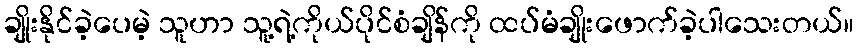
ချိုးနိုင်ခဲ့ပေမဲ့ သူဟာ သူ့ရဲ့ကိုယ်ပိုင်စံချိန်ကို ထပ်မံချိုးဖောက်ခဲ့ပါသေးတယ်။